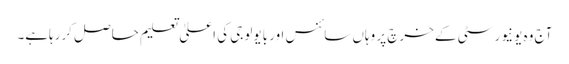
آج وہ یونیورسٹی کے خرچ پر وہاں سائنس اور بایولوجی کی اعلیٰ تعلیم حاصل کررہاہے۔